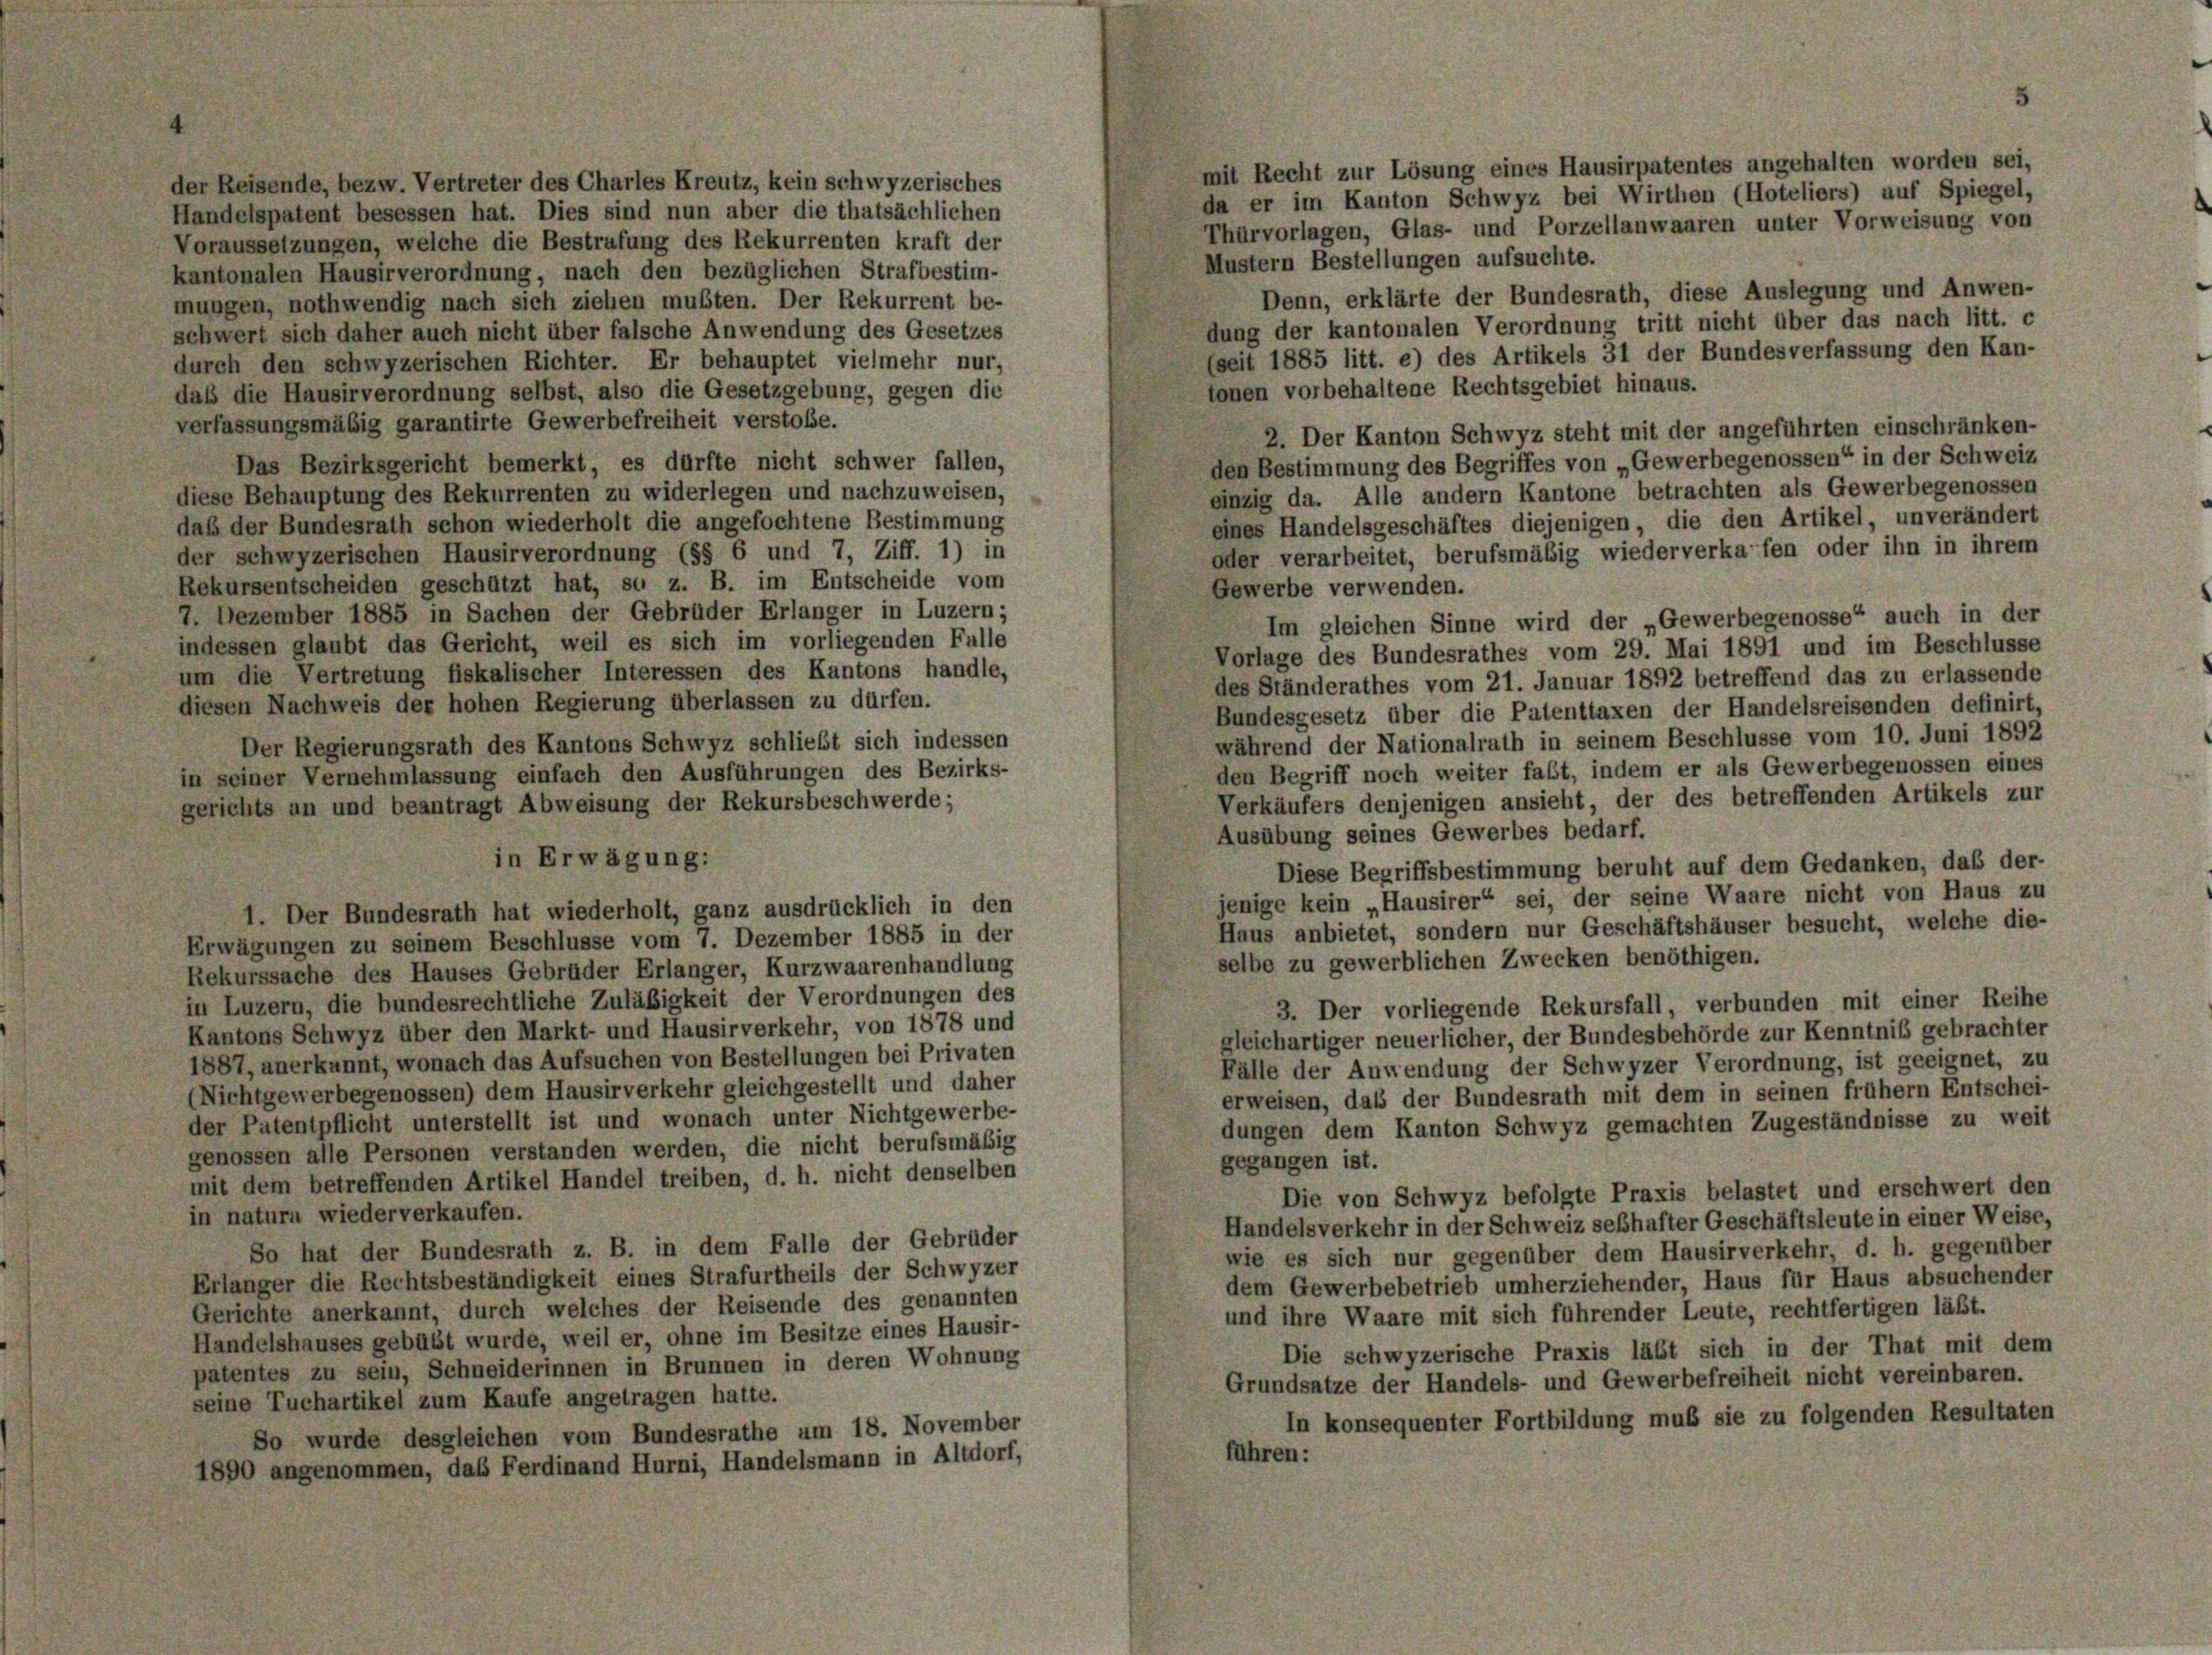
mit Recht zur Lösung eines Hausirpatentes angehalten worden sei,
der Reisende, bezw. Vertreter des Charles Kreutz, kein schwyzerisches
da er im Kanton Schwyz bei Wirthen (Hoteliers) auf Spiegel,
Handelspatent besessen hat. Dies sind nun aber die thatsächlichen
Thürvorlagen, Glas- und Porzellanwaaren unter Vorweisung von
Voraussetzungen, welche die Bestrafung des Rekurrenten kraft der
Mustern Bestellungen aufsuchte.
kantonalen Hausirverordnung, nach den bezüglichen Strafbestim-
Denn, erklärte der Bundesrath, diese Auslegung und Anwen-
mungen, nothwendig nach sich ziehen mußten. Der Rekurrent be-
dung der kantonalen Verordnung tritt nicht über das nach litt. c
schwert sich daher auch nicht über falsche Anwendung des Gesetzes
(seit 1885 litt. e) des Artikels 31 der Bundesverfassung den Kan-
durch den schwyzerischen Richter. Er behauptet vielmehr nur,
tonen vorbehaltene Rechtsgebiet hinaus.
daß die Hausirverordnung selbst, also die Gesetzgebung, gegen die
verfassungsmäßig garantirte Gewerbefreiheit verstole.
2. Der Kanton Schwyz steht mit der angeführten einschränken-
den Bestimmung des Begriffes von „Gewerbegenossen“ in der Schweiz
Das Bezirksgericht bemerkt, es dürfte nicht schwer fallen,
einzig da. Alle andern Kantone betrachten als Gewerbegenossen
diese Behauptung des Rekurrenten zu widerlegen und nachzuweisen,
eines Handelsgeschäftes diejenigen, die den Artikel, unverändert
daß der Bundesrath schon wiederholt die angefochtene Bestimmung
oder verarbeitet, berufsmäßig wiederverkafen oder ihn in ihrem
der schwyzerischen Hausirverordnung (§§ 6 und 7, Ziff. 1) in
Rekursentscheiden geschützt hat, so z. B. im Entscheide vom
Gewerbe verwenden.
7. Dezember 1885 in Sachen der Gebrüder Erlanger in Luzern;
Im gleichen Sinne wird der „Gewerbegenosse“ auch in der
indessen glaubt das Gericht, weil es sich im vorliegenden Falle
Vorlage des Bundesrathes vom 29. Mai 1891 und im Beschlüsse
um die Vertretung fiskalischer Interessen des Kantons handle,
des Ständerathes vom 21. Januar 1892 betreffend das zu erlassende
diesen Nachweis der hohen Regierung überlassen zu dürfen.
Bundesgesetz über die Patenttaxen der Handelsreisenden definirt,
während der Nationalrath in seinem Beschlüsse vom 10. Juni 1892
Der Regierungsrath des Kantons Schwyz schliebt sich indessen
den Begriff noch weiter faßt, indem er als Gewerbegenossen eines
in seiner Vernehmlassung einfach den Ausführungen des Bezirks-
Verkäufers denjenigen ansieht, der des betreffenden Artikels zur
gerichts an und beantragt Abweisung der Rekursbeschwerde;
Ausübung seines Gewerbes bedarf.
in Erwägung:
Diese Begriffsbestimmung beruht auf dem Gedanken, daß der-
jenige kein „Hausirer“ sei, der seine Waare nicht von Haus zu
1. Der Bundesrath hat wiederholt, ganz ausdrücklich in den
Haus anbietet, sondern nur Geschäftshäuser besucht, welche die-
Erwägungen zu seinem Beschlusse vom 7. Dezember 1885 in der
selbe zu gewerblichen Zwecken benöthigen.
Rekurssache des Hauses Gebrüder Erlanger, Kurzwaarenhandlung
in Luzern, die bundesrechtliche Zuläßigkeit der Verordnungen des
3. Der vorliegende Rekursfall, verbunden mit einer Reihe
Kantons Schwyz über den Markt- und Hausirverkehr, von 1878 und
gleichartiger neuerlicher, der Bundesbehörde zur Kenntniß gebrachter
1887, anerkannt, wonach das Aufsuchen von Bestellungen bei Privaten
Fälle der Anwendung der Schwyzer Verordnung, ist geeignet, zu
(Nichtgewerbegenossen) dem Hausirverkehr gleichgestellt und daher
erweisen, daß der Bundesrath mit dem in seinen frühem Entschei-
der Patentpflicht unterstellt ist und wonach unter Nichtgewerbe-
dungen dem Kanton Schwyz gemachten Zugeständnisse zu weit
genossen alle Personen verstanden werden, die nicht berufsmäßig
gegangen ist.
mit dem betreffenden Artikel Handel treiben, d. h. nicht denselben
Die von Schwyz befolgte Praxis belastet und erschwert den
in naturn wiederverkaufen.
Handelsverkehr in der Schweiz seßhafter Geschäftsleute in einer Weise,
So hat der Bundesrath z. B. in dem Falle der Gebrüder
wie es sich nur gegenüber dem Hausirverkehr, d. h. gegenüber
Erlanger die Rechtsbeständigkeit eines Strafurtheils der Schwyzer
dem Gewerbebetrieb umherziehender, Haus für Haus absuchender
Gerichte anerkannt, durch welches der Reisende des genannten
und ihre Waare mit sich führender Leute, rechtfertigen läßt.
Handelshauses gebübt wurde, weil er, ohne im Besitze eines Hausir-
Die schwyzerische Praxis läßt sich in der That mit dem
patentes zu sein, Schneiderinnen in Brunnen in deren Wohnung
Grundsätze der Handels- und Gewerbefreiheit nicht vereinbaren.
seine Tuchartikel zum Kaufe angetragen hatte.
In konsequenter Fortbildung muß sie zu folgenden Resultaten
So wurde desgleichen vom Bundesrathe um 18. November
führen:
1890 angenommen, das Ferdinand Hurni, Handelsmann in Altdorf,

5